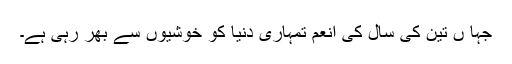
جہا ں تین کی سال کی انعم تمہاری دنیا کو خوشیوں سے بھر رہی ہے۔